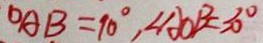
O A B = 9 0 ^ { \circ } , \angle A O B = 3 0 ^ { \circ }